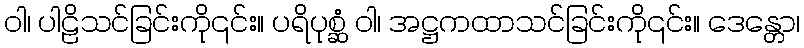
ဝါ၊ ပါဠိသင်ခြင်းကို၎င်း။ ပရိပုစ္ဆံ ဝါ၊ အဋ္ဌကထာသင်ခြင်းကို၎င်း။ ဒေန္တော၊